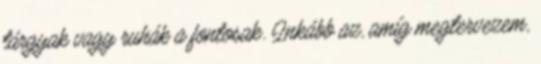
tárgyak vagy ruhák a fontosak. Inkább az, amíg megtervezem,